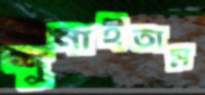
শুনাইতাম